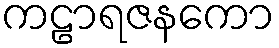
ကဠာရဇနကော